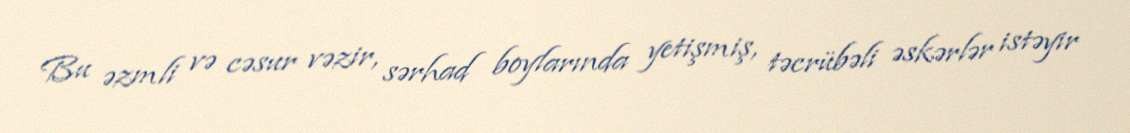
Bu əzmli və cəsur vəzir, sərhad boylarında yetişmiş, təcrübəli əskərlər istəyir